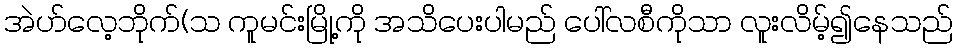
အဲဟ်လေ့ဘိုက်(သ ကူမင်းမြို့ကို အသိပေးပါမည် ပေါ်လစီကိုသာ လူးလိမ့်၍နေသည်